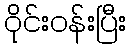
ဝိုင်းဝန်းပြီး